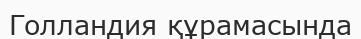
Голландия құрамасында